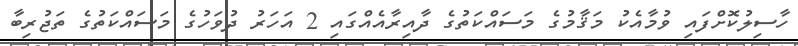
ހާސިލުކޮށްފައި ވުމާއެކު މަޤާމުގެ މަސައްކަތުގެ ދާއިރާއެއްގައި 2 އަހަރު ދުވަހުގެ މަސައްކަތުގެ ތަޖުރިބާ